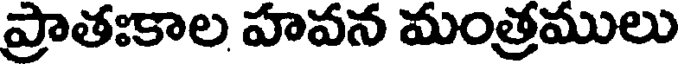
ప్రాతఃకాల హవన మంత్రములు